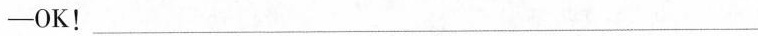
-OK! ___